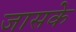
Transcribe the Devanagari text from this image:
जासके